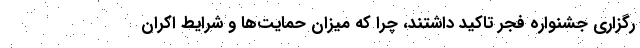
رگزاری جشنواره فجر تاکید داشتند، چرا که میزان حمایت‌ها و شرایط اکران